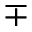
\mp